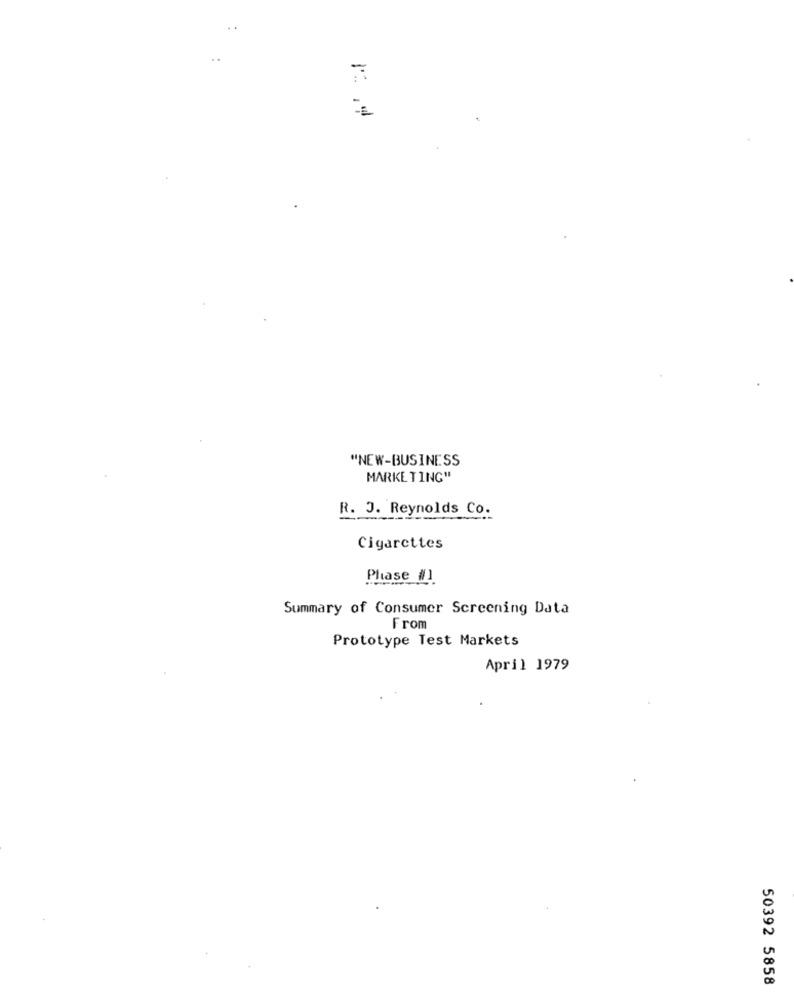
...
"NEW-BUSINESS
MARKETING"
R. J. Reynolds Co.
Cigarettes
Phase #1
Summary of Consumer Screening Data
From
Prototype Test Markets
April 1979
50392 5858